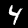
Digit: 4